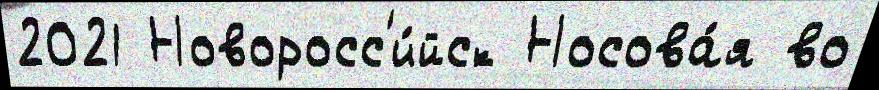
2021 Новоросс'и́йск Носова́я во